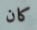
كان